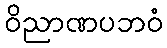
ဝိညာဏပဘဝံ